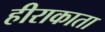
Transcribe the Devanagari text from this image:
हीराकाता